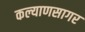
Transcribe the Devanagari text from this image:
कल्याणसागर